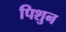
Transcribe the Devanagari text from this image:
पिशुन